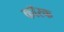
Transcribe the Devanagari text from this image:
कॉरक